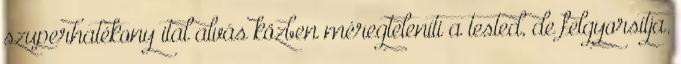
szuperhatékony ital alvás közben méregteleníti a tested, de felgyorsítja.